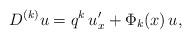
LaTeX: \begin{align*}D^{(k)}u=q^k\,u^\prime_x + \Phi_k(x)\,u,\end{align*}